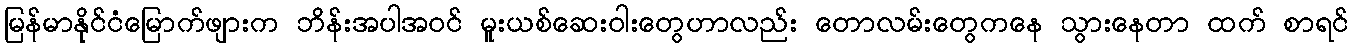
မြန်မာနိုင်ငံမြောက်ဖျားက ဘိန်းအပါအဝင် မူးယစ်ဆေးဝါးတွေဟာလည်း တောလမ်းတွေကနေ သွားနေတာ ထက် စာရင်